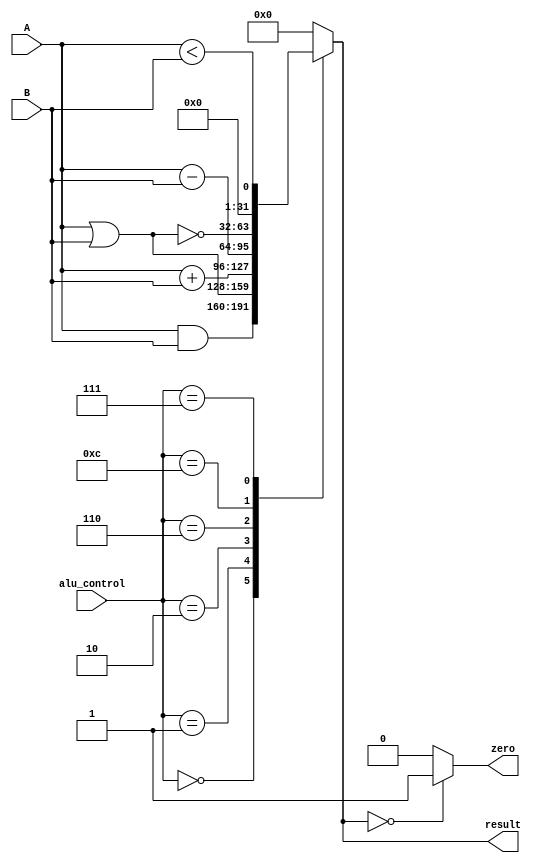
//=========================================================================
// Name & Email must be EXACTLY as in Gradescope roster!
// Name: 
// 
// Assignment name: 
// Lab section: 
// TA: 
// 
// I hereby certify that I have not received assistance on this assignment,
// or used code, from ANY outside source other than the instruction team
// (apart from what was provided in the starter file).
//
//=========================================================================

`timescale 1ns / 1ps

// --------------------------------------
// MIPS ALU Control & Funct constants
// --------------------------------------

`define ALU_AND         4'b0000
`define ALU_OR          4'b0001
`define ALU_ADD         4'b0010
`define ALU_SUBTRACT    4'b0110
`define ALU_LESS_THAN   4'b0111
`define ALU_NOR         4'b1100
  
`define FUNCT_AND       6'b100100
`define FUNCT_OR        6'b100101
`define FUNCT_ADD       6'b100000
`define FUNCT_SUBTRACT 	6'b100010
`define FUNCT_LESS_THAN 6'b101010
`define FUNCT_NOR 		6'b100111


`define WORD_SIZE 32 

module alu (
    input wire [3:0] alu_control,  
    input wire [`WORD_SIZE-1:0] A,
    input wire [`WORD_SIZE-1:0] B, 
    output reg zero, 
    output reg [`WORD_SIZE-1:0] result
);

// ---------------------------------------------------------
// Implementation of MIPS ALU 
// --------------------------------------------------------- 

always @(alu_control or A or B) begin
   case (alu_control)   // R Type Instruction 	
        `ALU_AND :      result = A & B; 
        `ALU_OR :       result = A | B; 
        `ALU_ADD :      result = A + B; 
        `ALU_SUBTRACT : result = A - B; 
        `ALU_NOR :      result = ~(A | B); 
		
        `ALU_LESS_THAN :  
           result = ($signed(A) < $signed(B));
		
        default : result = { `WORD_SIZE {1'b0} }; 
    endcase

    // Final results 
    zero = (result == 0) ? 1 : 0 ; 
end 

endmodule